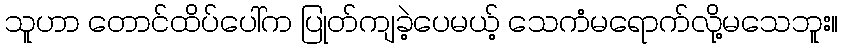
သူဟာ တောင်ထိပ်ပေါ်က ပြုတ်ကျခဲ့ပေမယ့် သေကံမရောက်လို့မသေဘူး။